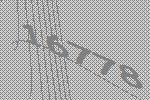
16778